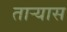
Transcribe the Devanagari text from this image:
ताऱ्यास